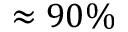
\approx 9 0 \%